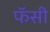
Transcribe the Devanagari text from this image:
फॅसी